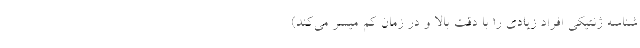
شناسه ژنتیكی افراد زیادی را با دقت بالا و در زمان كم میسر می‌كند)